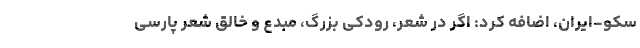
سکو-ایران، اضافه کرد: اگر در شعر، رودکی بزرگ، مبدع و خالق شعر پارسی